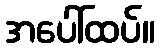
အပေါ်ထပ်။